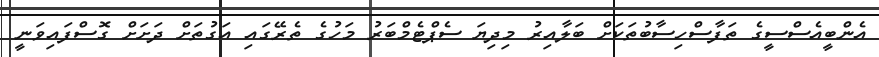
އެންބީއެސްސީގެ ތަފާސްހިސާބުތަކަށް ބަލާއިރު މިދިޔަ ސެޕްޓެމްބަރު މަހުގެ ތެރޭގައި އަގުތަށް ދަށަށް ގޮސްފައިވަނީ